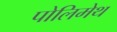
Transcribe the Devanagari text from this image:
पोलिमेथ